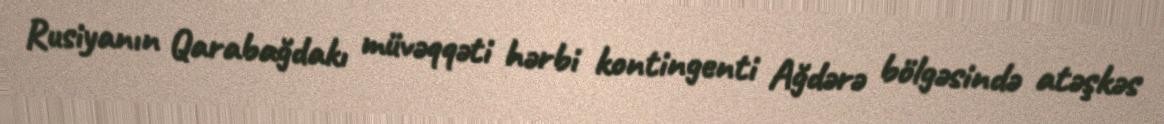
Rusiyanın Qarabağdakı müvəqqəti hərbi kontingenti Ağdərə bölgəsində atəşkəs